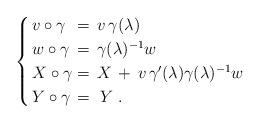
LaTeX: \begin{align*}\begin{cases}\,v \circ \gamma &\!\!\!\!=\, v\, \gamma(\lambda)\\\,w \circ \gamma &\!\!\!\!=\, \gamma(\lambda)^{-1} w\\\,X \circ \gamma &\!\!\!\!=\, X \,+\, v\, \gamma'(\lambda)\gamma(\lambda)^{-1} w\\\,Y \circ \gamma &\!\!\!\!=\,\, Y \ .\end{cases}\end{align*}